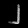
Digit: ၂